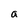
Character: a